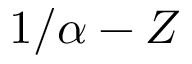
1 / \alpha - Z